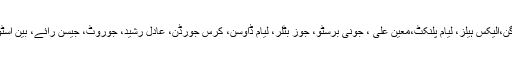
انگلینڈ کی طرف سے نام آئے :کپتان این مورگن،الیکس ہیلز، لیام پلنکٹ،معین علی ، جونی برسٹو، جوز بٹلر، لیام ڈاوسن، کرس جورڈن، عادل رشید، جوروٹ، جیسن رائے، بین اسٹوکس،ڈیوڈ ولی، کرس ووکس اور مارک ووڈ۔